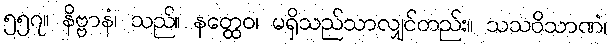
၅၅၇။ နိဗ္ဗာနံ၊ သည်။ နတ္ထေဝ၊ မရှိသည်သာလျှင်တည်း။ သသဝိသာဏံ၊